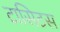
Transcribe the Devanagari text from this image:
टासिटस